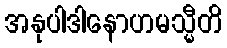
အနုပါဒါနောဟမသ္မီတိ